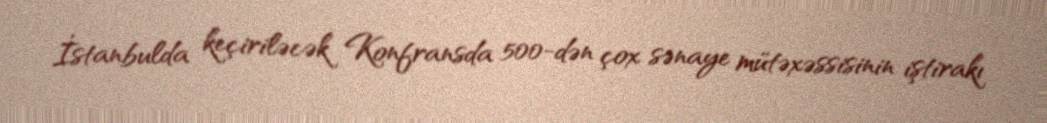
İstanbulda keçiriləcək Konfransda 500-dən çox sənaye mütəxəssisinin iştirakı